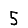
Digit: 5